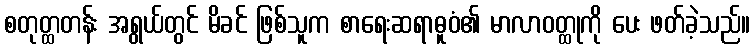
စတုတ္ထတန်း အရွယ်တွင် မိခင် ဖြစ်သူက စာရေးဆရာဓူဝံ၏ မာလာဝတ္ထုကို ပေး ဖတ်ခဲ့သည်။